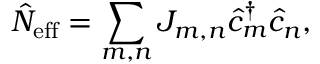
\hat { N } _ { \mathrm { e f f } } = \sum _ { m , n } J _ { m , n } \hat { c } _ { m } ^ { \dagger } \hat { c } _ { n } ,